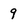
Character: 9